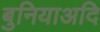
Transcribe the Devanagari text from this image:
बुनियाअदि